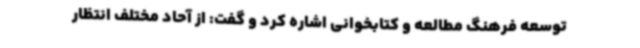
توسعه فرهنگ مطالعه و کتابخوانی اشاره کرد و گفت: از آحاد مختلف انتظار